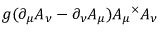
g ( \partial _ { \mu } A _ { \nu } - \partial _ { \nu } A _ { \mu } ) A _ { \mu } \, \! ^ { \times } A _ { \nu }